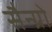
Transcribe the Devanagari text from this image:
सैन्ग्रो